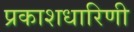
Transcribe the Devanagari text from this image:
प्रकाशधारिणी